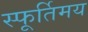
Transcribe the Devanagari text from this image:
स्फूर्तिमय